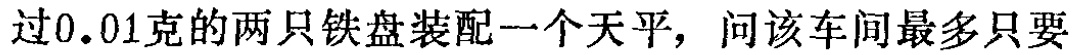
过0.01克的两只铁盘装配一个天平，问该车间最多只要